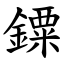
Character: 䥔